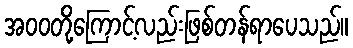
အဝဝတို့ကြောင့်လည်းဖြစ်တန်ရာပေသည်။